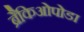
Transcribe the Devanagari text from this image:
ब्रैकिओपोडा